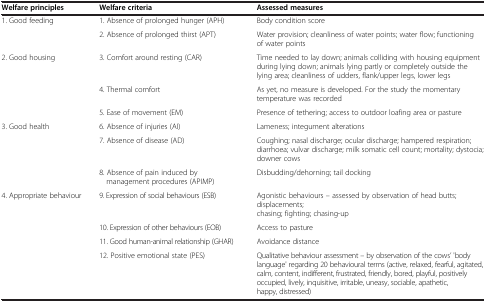
<table><thead><tr><td><b>Welfare principles</b></td><td><b>Welfare criteria</b></td><td><b>Assessed measures</b></td></tr></thead><tbody><tr><td rowspan="2">1. Good feeding</td><td>1. Absence of prolonged hunger (APH)</td><td>Body condition score</td></tr><tr><td>2. Absence of prolonged thirst (APT)</td><td>Water provision; cleanliness of water points; water flow; functioning of water points</td></tr><tr><td>2. Good housing</td><td>3. Comfort around resting (CAR)</td><td>Time needed to lay down; animals colliding with housing equipment during lying down; animals lying partly or completely outside the lying area; cleanliness of udders, flank/upper legs, lower legs</td></tr><tr><td rowspan="2"> </td><td>4. Thermal comfort</td><td>As yet, no measure is developed. For the study the momentary temperature was recorded</td></tr><tr><td>5. Ease of movement (EM)</td><td>Presence of tethering; access to outdoor loafing area or pasture</td></tr><tr><td rowspan="3">3. Good health</td><td>6. Absence of injuries (AI)</td><td>Lameness; integument alterations</td></tr><tr><td>7. Absence of disease (AD)</td><td>Coughing; nasal discharge; ocular discharge; hampered respiration; diarrhoea; vulvar discharge; milk somatic cell count; mortality; dystocia; downer cows</td></tr><tr><td>8. Absence of pain induced by management procedures (APIMP)</td><td>Disbudding/dehorning; tail docking</td></tr><tr><td rowspan="4">4. Appropriate behaviour</td><td>9. Expression of social behaviours (ESB)</td><td>Agonistic behaviours – assessed by observation of head butts; displacements; chasing; fighting; chasing-up</td></tr><tr><td>10. Expression of other behaviours (EOB)</td><td>Access to pasture</td></tr><tr><td>11. Good human-animal relationship (GHAR)</td><td>Avoidance distance</td></tr><tr><td>12. Positive emotional state (PES)</td><td>Qualitative behaviour assessment – by observation of the cows’ &#x27;body language&#x27; regarding 20 behavioural terms (active, relaxed, fearful, agitated, calm, content, indifferent, frustrated, friendly, bored, playful, positively occupied, lively, inquisitive, irritable, uneasy, sociable, apathetic, happy, distressed)</td></tr></tbody></table>